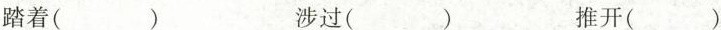
踏着( ) 涉过( ) 推开( )